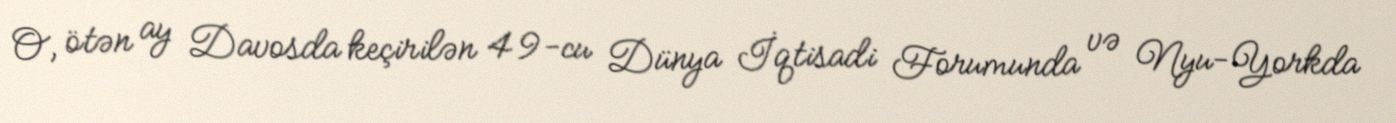
O, ötən ay Davosda keçirilən 49-cu Dünya İqtisadi Forumunda və Nyu-Yorkda